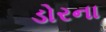
ડોરના